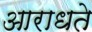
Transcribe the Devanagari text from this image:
आराधते